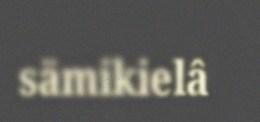
sämikielâ